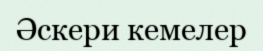
Әскери кемелер